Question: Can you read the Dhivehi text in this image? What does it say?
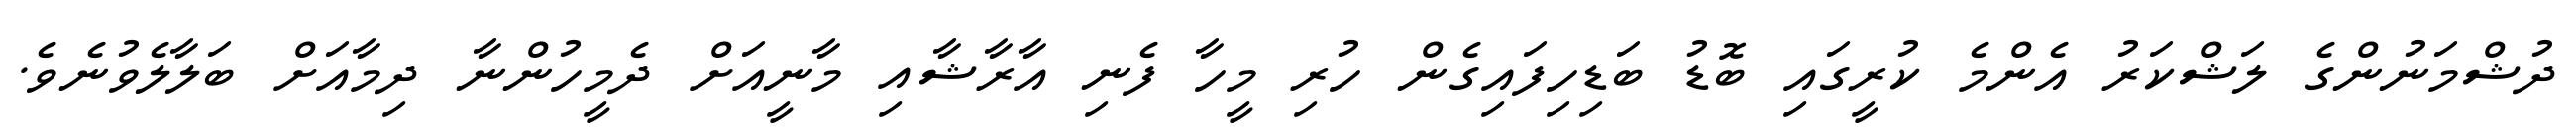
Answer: ދުޝްމަނުންގެ ލަޝްކަރު އެންމެ ކުރީގައި ބޮޑު ބަޑިހިފައިގެން ހުރި މީހާ ފެނި އާރާޝާއި މާނީއަށް ދެމީހުންނާ ދިމާއަށް ބަލާލެވުނެވެ.